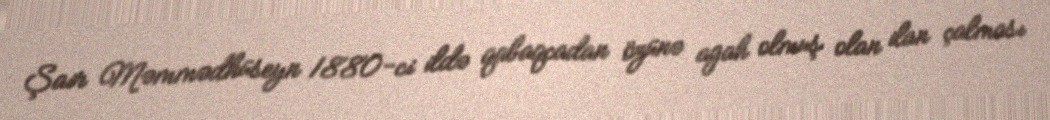
Şair Məmmədhüseyn 1880-ci ildə qabaqcadan özünə agah olmuş olan ilan çalması